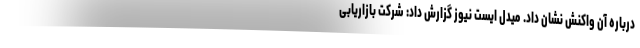
درباره آن واکنش نشان داد. میدل ایست نیوز گزارش داد: شرکت بازاریابی